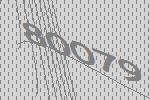
80079